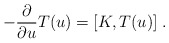
\begin{align*}-\frac{\partial }{\partial u}T(u)=[K,T(u)]\;. \end{align*}